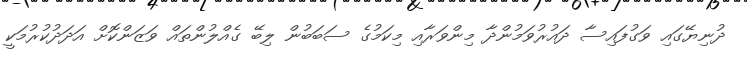
ދުނިޔޭގައި ވަގުފައިސާ ދައުރުވަމުންދާ މިންވަރާއި މިކަމުގެ ސަބަބުން ލިބޭ ގެއްލުންތައް ވަޒަންކޮށް އަދަދުކުރުމަކީ